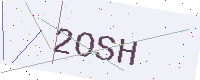
Text: 2OSH